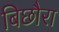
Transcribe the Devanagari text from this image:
बिछौरा